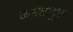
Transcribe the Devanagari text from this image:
ऊमलायूट